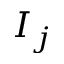
I _ { j }